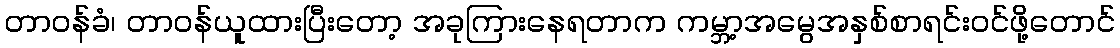
တာဝန်ခံ၊ တာဝန်ယူထားပြီးတော့ အခုကြားနေရတာက ကမ္ဘာ့အမွေအနှစ်စာရင်းဝင်ဖို့တောင်